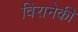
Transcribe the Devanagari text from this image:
विरानेकी